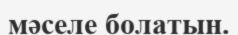
мәселе болатын.